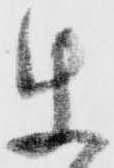
使